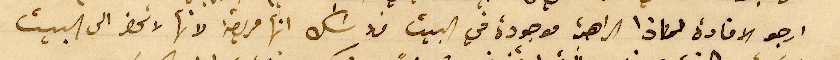
ارجو الافادة لماذا الراهبة موجودة في البيت فلا شك انها مريضة لانها لا تحضر الى البيت